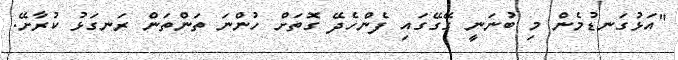
"އަޅުގަނޑުމެން މި ބުނަނީ ގޭގޭގައި ފެންހެދޭ ގޮތަށް ހުންނަ ތަންތަން ރަނގަޅު ކުރާށޭ.